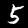
Digit: 5